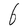
Character: b